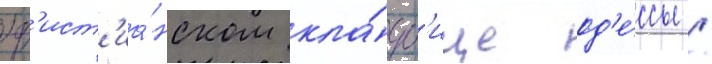
хр'ист'иа́нском кла́дб'ище од'е́ссы /